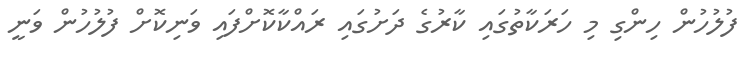
ފުލުހުން ހިންގި މި ހަރަކާތުގައި ކާރުގެ ދަށުގައި ރައްކާކޮށްފައި ވަނިކޮށް ފުލުހުން ވަނީ